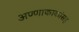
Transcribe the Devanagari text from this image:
अण्णाकाकांसह